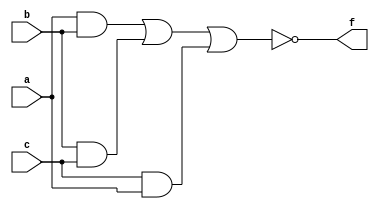
`timescale 1ns / 1ps
// Minority Detector detects when input has only 1 bit high(least no of ones)
module Minority_detector(
    input a,b,c,
    output f
    );

    assign f=~((a&b)|(b&c)|(c&a));
endmodule